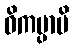
ဝိကမ္ပာမိ